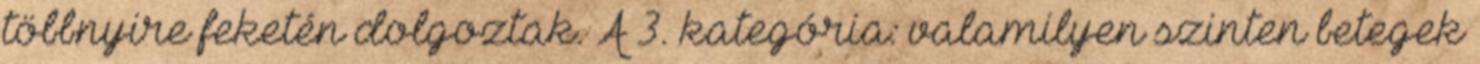
többnyire feketén dolgoztak. A 3. kategória: valamilyen szinten betegek